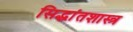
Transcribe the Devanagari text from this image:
सिद्धांतशास्त्र